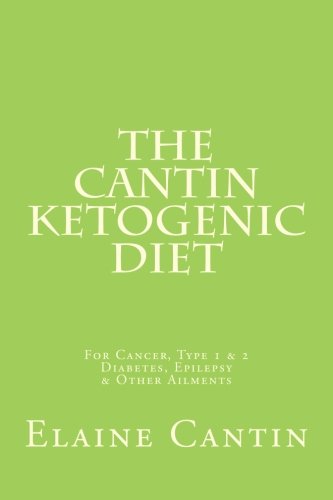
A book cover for The Cantin Ketogenic Diet: For Cancer, Type 1 & 2 Diabetes, Epilepsy & Other Ailments; Elaine Cantin; Health, Fitness & Dieting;